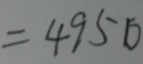
= 4 9 5 0